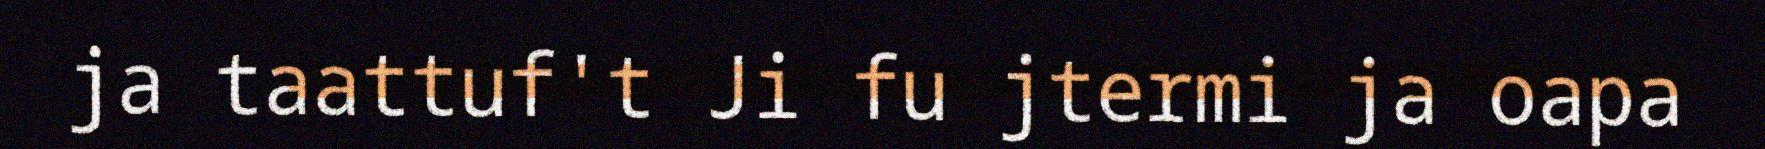
ja taattuf't Ji fu jtermi ja oapa